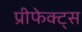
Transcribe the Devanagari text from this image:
प्रीफेक्ट्स